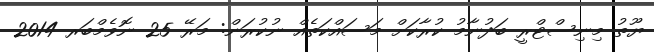
ޔޫތު މިނިސްޓްރީ ބަދުނާމު ކުރާކަށް މަސައްކަތެއް ނުކުރަން: މަރޭ 25 ނޮވެމްބަރ 2014